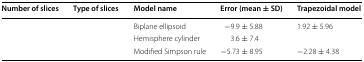
<table><thead><tr><td><b>Number of slices</b></td><td><b>Type of slices</b></td><td><b>Model name</b></td><td><b>Error (mean ± SD)</b></td><td><b>Trapezoidal model</b></td></tr></thead><tbody><tr><td>[EMPTY_CELL]</td><td>[EMPTY_CELL]</td><td>Biplane ellipsoid</td><td>−9.9 ± 5.88</td><td>1.92 ± 5.96</td></tr><tr><td>[EMPTY_CELL]</td><td>[EMPTY_CELL]</td><td>Hemisphere cylinder</td><td>3.6 ± 7.4</td><td>[EMPTY_CELL]</td></tr><tr><td>[EMPTY_CELL]</td><td>[EMPTY_CELL]</td><td>Modified Simpson rule</td><td>−5.73 ± 8.95</td><td>−2.28 ± 4.38</td></tr></tbody></table>